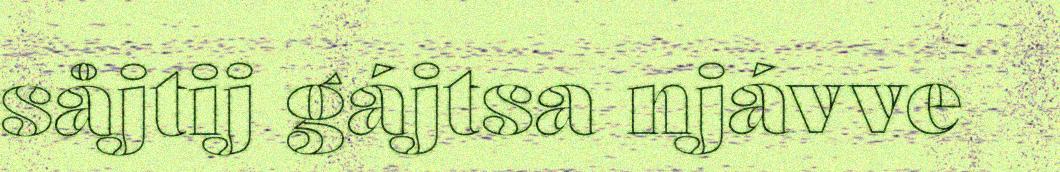
såjtij gájtsa njávve